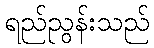
ရည်ညွန်းသည်